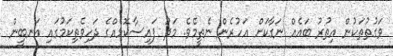
ވަގުތުތަކުން އިތުރު ބައެއް ނަގާކަށް އަހުރެން ނެތީމެވެ. މަދު ފައިސާކޮޅެއްގެ ދަހިވެތިކަމުގައި އަނބީން